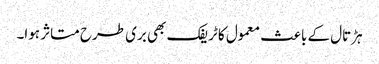
ہڑتال کے باعث معمول کا ٹریفک بھی بری طرح متاثر ہوا۔